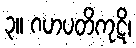
၃။ ဂဟပတိကုဋိ၊